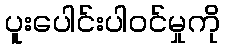
ပူးပေါင်းပါဝင်မှုကို